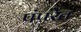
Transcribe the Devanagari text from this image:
पंपरेत